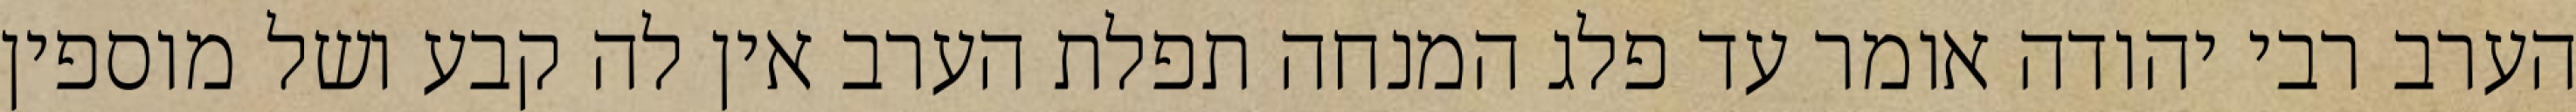
הערב רבי יהודה אומר עד פלג המנחה תפלת הערב אין לה קבע ושל מוספין